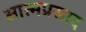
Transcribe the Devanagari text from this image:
आत्मप्रसाद